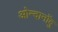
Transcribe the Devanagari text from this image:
ओन्दानोंदु